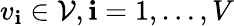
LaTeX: v_{\mathbf{i}}\in\mathcal{{V}},\mathbf{i}=1,\dots,V